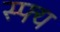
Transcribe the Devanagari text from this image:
स्फ्य